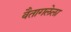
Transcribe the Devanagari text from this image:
वैतागलेला